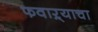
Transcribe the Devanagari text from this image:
फवाऱ्याचा